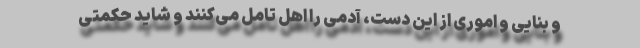
و بنّایی و اموری از این دست، آدمی را اهل تامل می‌کنند و شاید حکمتی